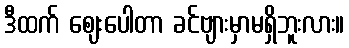
ဒီထက် ဈေးပေါတာ ခင်ဗျားမှာမရှိဘူးလား။